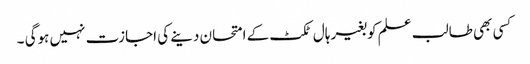
کسی بھی طالب علم کو بغیر ہال ٹکٹ کے امتحان دینے کی اجازت نہیں ہوگی ۔